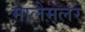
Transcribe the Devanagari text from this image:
मालैमलर